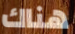
هناك